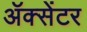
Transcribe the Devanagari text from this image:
ॲक्सेंटर